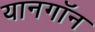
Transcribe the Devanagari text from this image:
यानगॉन